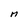
Character: M